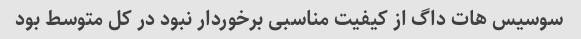
سوسیس هات داگ از کیفیت مناسبی برخوردار نبود در کل متوسط بود